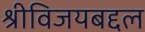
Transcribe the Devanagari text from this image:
श्रीविजयबद्दल